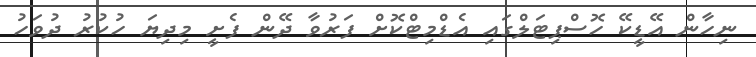
ނިހާން އޭޑީކޭ ހޮސްޕިޓަލްގައި އެޑްމިޓްކޮށް ފަރުވާ ދޭން ފެށީ މިދިޔަ ހުކުރު ދުވަހު